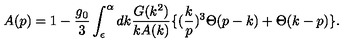
A ( p ) = 1 - \frac { g _ { 0 } } { 3 } \int _ { \epsilon } ^ { \alpha } d k \frac { G ( k ^ { 2 } ) } { k A ( k ) } \{ ( \frac { k } { p } ) ^ { 3 } \Theta ( p - k ) + \Theta ( k - p ) \} .